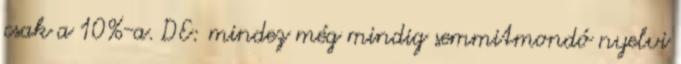
csak a 10%-a. DE: mindez még mindig semmitmondó nyelvi